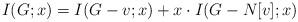
LaTeX: \begin{align*} I(G; x) = I(G - v;x) + x \cdot I(G-N[v]; x) \end{align*}